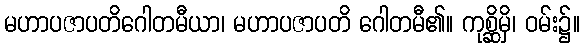
မဟာပဇာပတိဂေါတမီယာ၊ မဟာပဇာပတိ ဂေါတမီ၏။ ကုစ္ဆိမှိ၊ ဝမ်း၌။